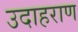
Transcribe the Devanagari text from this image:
उदाहराण